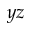
y z